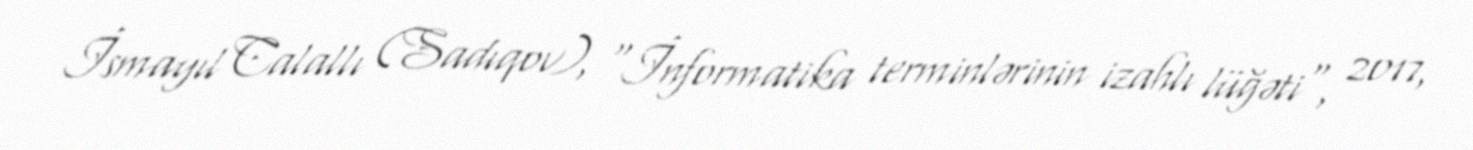
İsmayıl Calallı (Sadıqov), "İnformatika terminlərinin izahlı lüğəti", 2017,